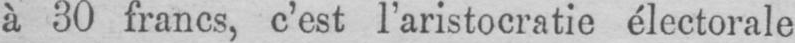
à 30 francs, c’est l’aristocratie électorale